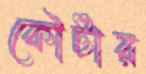
কৌটার